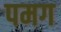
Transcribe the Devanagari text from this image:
पमग